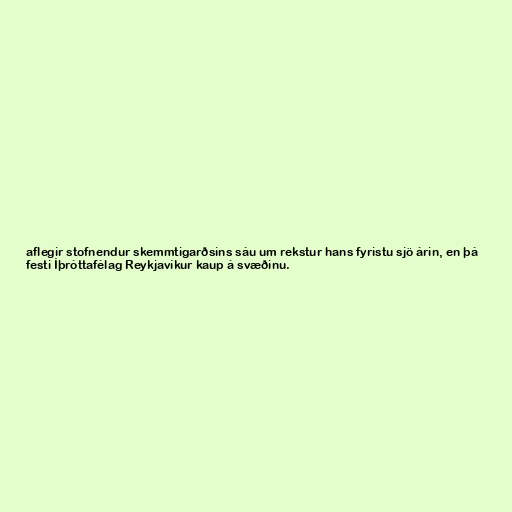
aflegir stofnendur skemmtigarðsins sáu um rekstur hans fyristu sjö árin, en þá
festi Íþróttafélag Reykjavíkur kaup á svæðinu.